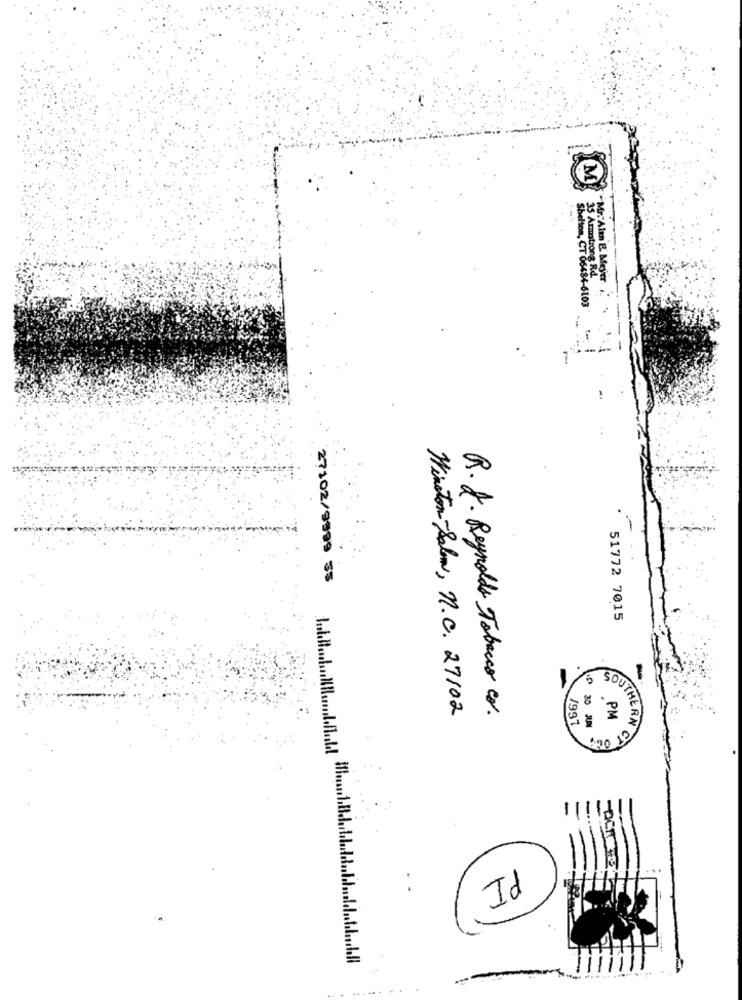
35 Armstrong Rd.
Mr.Alın B. Meyer ..
Shelton, CT 06484-6103
27102/9999 55
51772 7015
Winston-Salem, n.C. 27102
R.J. Reynolds Tabaco co.
1997
PM
30 JAN
OUTHERN CE
.
PI
......